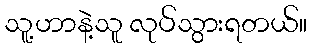
သူ့ဟာနဲ့သူ လုပ်သွားရတယ်။